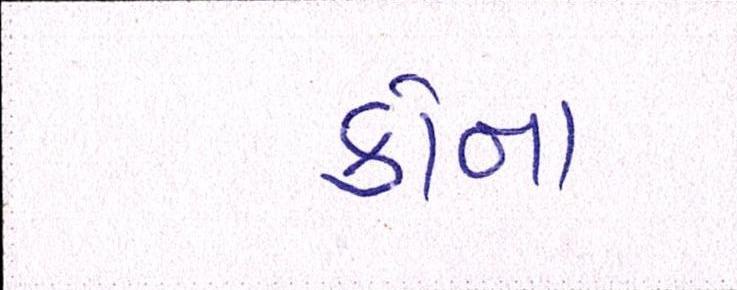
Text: કોના